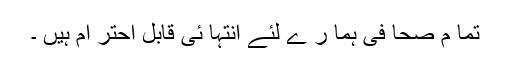
تما م صحا فی ہما ر ے لئے انتہا ئی قابل احتر ام ہیں ۔